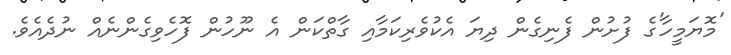
'މޮޔަމީހާ'ގެ ފުށުން ފެނިގެން ދިޔަ އެކުވެރިކަމާއި ގާތްކަން އެ ނޫހުން ފޮހެވިގެންނެއް ނުދެއެވެ.